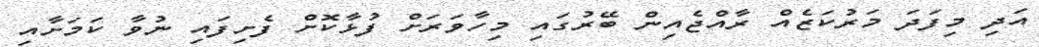
އަދި މިފަދަ މަރުކަޒެއް ރާއްޖެއިން ބޭރުގައި މިހާވަރަށް ފުޅާކޮށް ފެށިފައި ނުވާ ކަމަށާއި